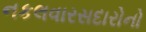
નકલવારસદારોનો